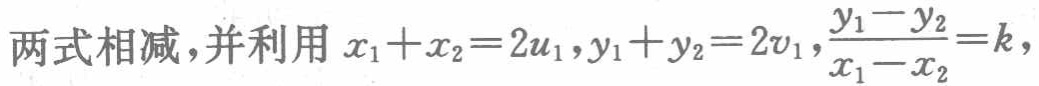
两式相减，并利用 \(x_{1}+x_{2}=2u_{1},y_{1}+y_{2}=2v_{1},\frac{y_{1}-y_{2}}{x_{1}-x_{2}} = k\)，